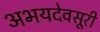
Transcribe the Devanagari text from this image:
अभयदेवसूरी